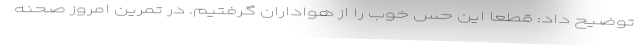
توضیح داد: قطعا این حس خوب را از هواداران گرفتیم. در تمرین امروز صحنه